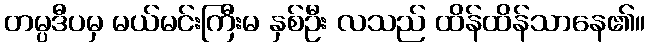
တမ္ပဒီပမှ မယ်မင်းကြီးမ နှစ်ဦး လသည် ထိန်ထိန်သာနေ၏။